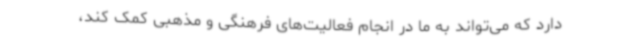
دارد که می‌تواند به ما در انجام فعالیت‌های فرهنگی و مذهبی کمک کند،